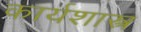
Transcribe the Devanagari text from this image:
कार्यशास्त्र